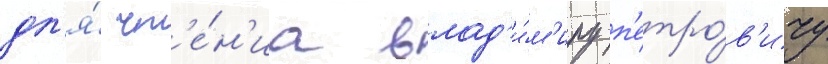
дл'я́ чт'е́н'иа влад'и́м'иру п'етро́в'ичу